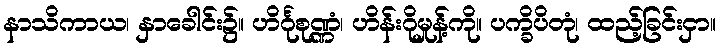
နာသိကာယ၊ နှာခေါင်း၌။ ဟိင်္ဂုစုဏ္ဏံ၊ ဟိန်းဂိုမှုန့်ကို။ ပက္ခိပိတုံ၊ ထည့်ခြင်းငှာ။